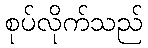
စုပ်လိုက်သည်